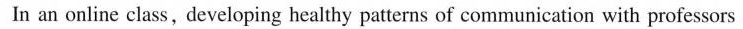
In an online class,developing healthy patterns of communication with professors